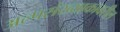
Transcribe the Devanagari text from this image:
अल्पसंख्याकावरील